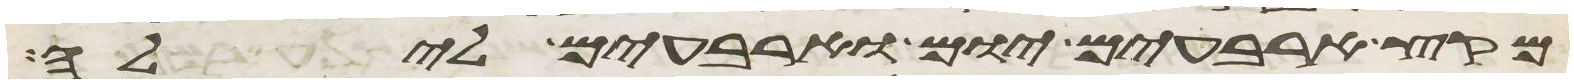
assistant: מקץ ארבעים יום וארבעים לילה